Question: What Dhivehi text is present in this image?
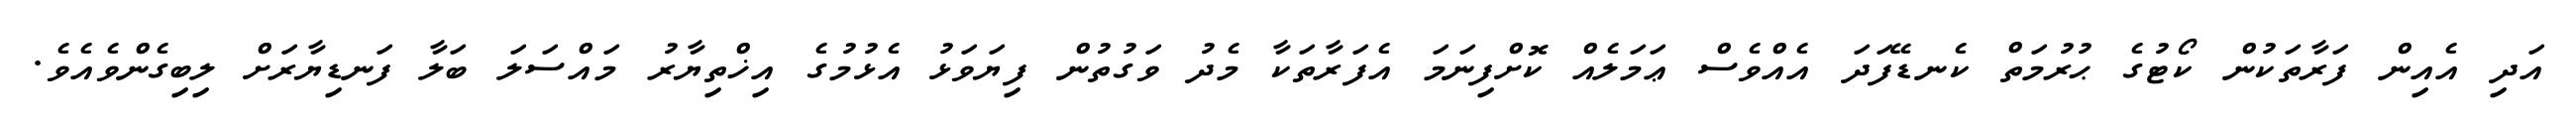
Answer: އަދި އެއިން ފަރާތަކުން ކޯޓުގެ ޙުރުމަތް ކެނޑޭފަދަ އެއްވެސް ޢަމަލެއް ކޮށްފިނަމަ އެފަރާތަކާ މެދު ވަގުތުން ފިޔަވަޅު އެޅުމުގެ އިޚްތިޔާރު މައްސަލަ ބަލާ ފަނޑިޔާރަށް ލިބިގެންވެއެވެ.